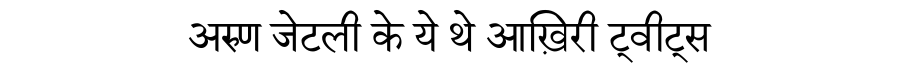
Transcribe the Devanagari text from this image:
अरुण जेटली के ये थे आख़िरी ट्वीट्स